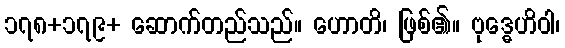
၁၇၈+၁၇၉+ ဆောက်တည်သည်။ ဟောတိ၊ ဖြစ်၏။ ဗုဒ္ဓေဟိဝါ၊